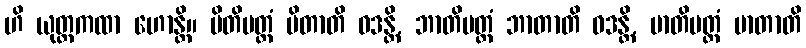
ဟိ ယုတ္တကထာ ဟောန္တိ။ ပိတိမတ္တံ ပိတာတိ ဝဒန္တိ, ဘာတိမတ္တံ ဘာတာတိ ဝဒန္တိ, မာတိမတ္တံ မာတာတိ